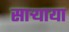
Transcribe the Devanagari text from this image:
साऱ्याया